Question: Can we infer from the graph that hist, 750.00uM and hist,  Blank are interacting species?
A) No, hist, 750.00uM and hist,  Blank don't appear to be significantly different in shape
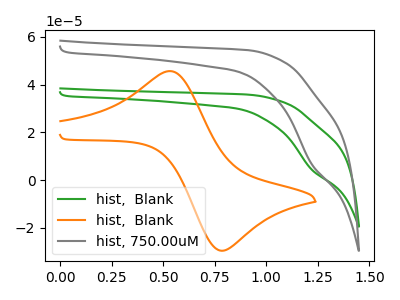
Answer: <think>The green curve "hist,  Blank" has a cathodic peak at: (1.20V, 4.50uA). The orange curve "hist,  Blank" has an anodic peak at (0.55V, 45.70uA) and a cathodic peak at (0.75V, -29.45uA). The gray curve "hist, 750.00uM" has a cathodic peak at: (1.20V, 6.80uA).
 All the peaks in "hist, 750.00uM" have a peak in "hist,  Blank" at the same potential. Every peak in "hist, 750.00uM" is lower than every peak in "hist,  Blank".</think>
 <answer>A) No, "hist, 750.00uM" and "hist,  Blank" don't appear to be significantly different in shape</answer>
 <eval>A</eval>